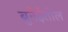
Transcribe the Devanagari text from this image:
ब्रुनेईतील